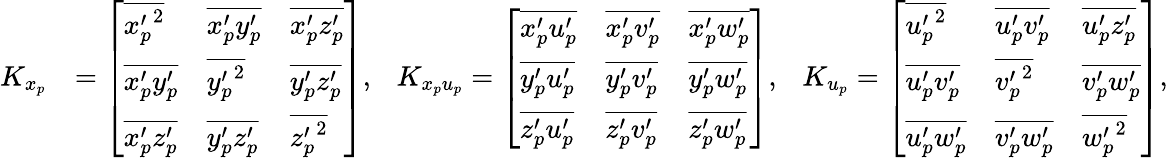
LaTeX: \begin{array}{rl}{K_{x_{p}}}&{=\left[\begin{array}{lll}{\overline{{{x_{p}^{\prime}}^{2}}}}&{\overline{{{x_{p}^{\prime}}{y_{p}^{\prime}}}}}&{\overline{{{x_{p}^{\prime}}{z_{p}^{\prime}}}}}\\ {\overline{{{x_{p}^{\prime}}{y_{p}^{\prime}}}}}&{\overline{{{y_{p}^{\prime}}^{2}}}}&{\overline{{{y_{p}^{\prime}}{z_{p}^{\prime}}}}}\\ {\overline{{{x_{p}^{\prime}}{z_{p}^{\prime}}}}}&{\overline{{{y_{p}^{\prime}}{z_{p}^{\prime}}}}}&{\overline{{{z_{p}^{\prime}}^{2}}}}\end{array}\right],\ \ \ K_{x_{p}u_{p}}=\left[\begin{array}{lll}{\overline{{{x_{p}^{\prime}}{u_{p}^{\prime}}}}}&{\overline{{{x_{p}^{\prime}}{v_{p}^{\prime}}}}}&{\overline{{{x_{p}^{\prime}}{w_{p}^{\prime}}}}}\\ {\overline{{{y_{p}^{\prime}}{u_{p}^{\prime}}}}}&{\overline{{{y_{p}^{\prime}}{v_{p}^{\prime}}}}}&{\overline{{{y_{p}^{\prime}}{w_{p}^{\prime}}}}}\\ {\overline{{{z_{p}^{\prime}}{u_{p}^{\prime}}}}}&{\overline{{{z_{p}^{\prime}}{v_{p}^{\prime}}}}}&{\overline{{{z_{p}^{\prime}}{w_{p}^{\prime}}}}}\end{array}\right],\ \ \ K_{u_{p}}=\left[\begin{array}{lll}{\overline{{{u_{p}^{\prime}}^{2}}}}&{\overline{{{u_{p}^{\prime}}{v_{p}^{\prime}}}}}&{\overline{{{u_{p}^{\prime}}{z_{p}^{\prime}}}}}\\ {\overline{{{u_{p}^{\prime}}{v_{p}^{\prime}}}}}&{\overline{{{v_{p}^{\prime}}^{2}}}}&{\overline{{{v_{p}^{\prime}}{w_{p}^{\prime}}}}}\\ {\overline{{{u_{p}^{\prime}}{w_{p}^{\prime}}}}}&{\overline{{{v_{p}^{\prime}}{w_{p}^{\prime}}}}}&{\overline{{{w_{p}^{\prime}}^{2}}}}\end{array}\right],}\end{array}